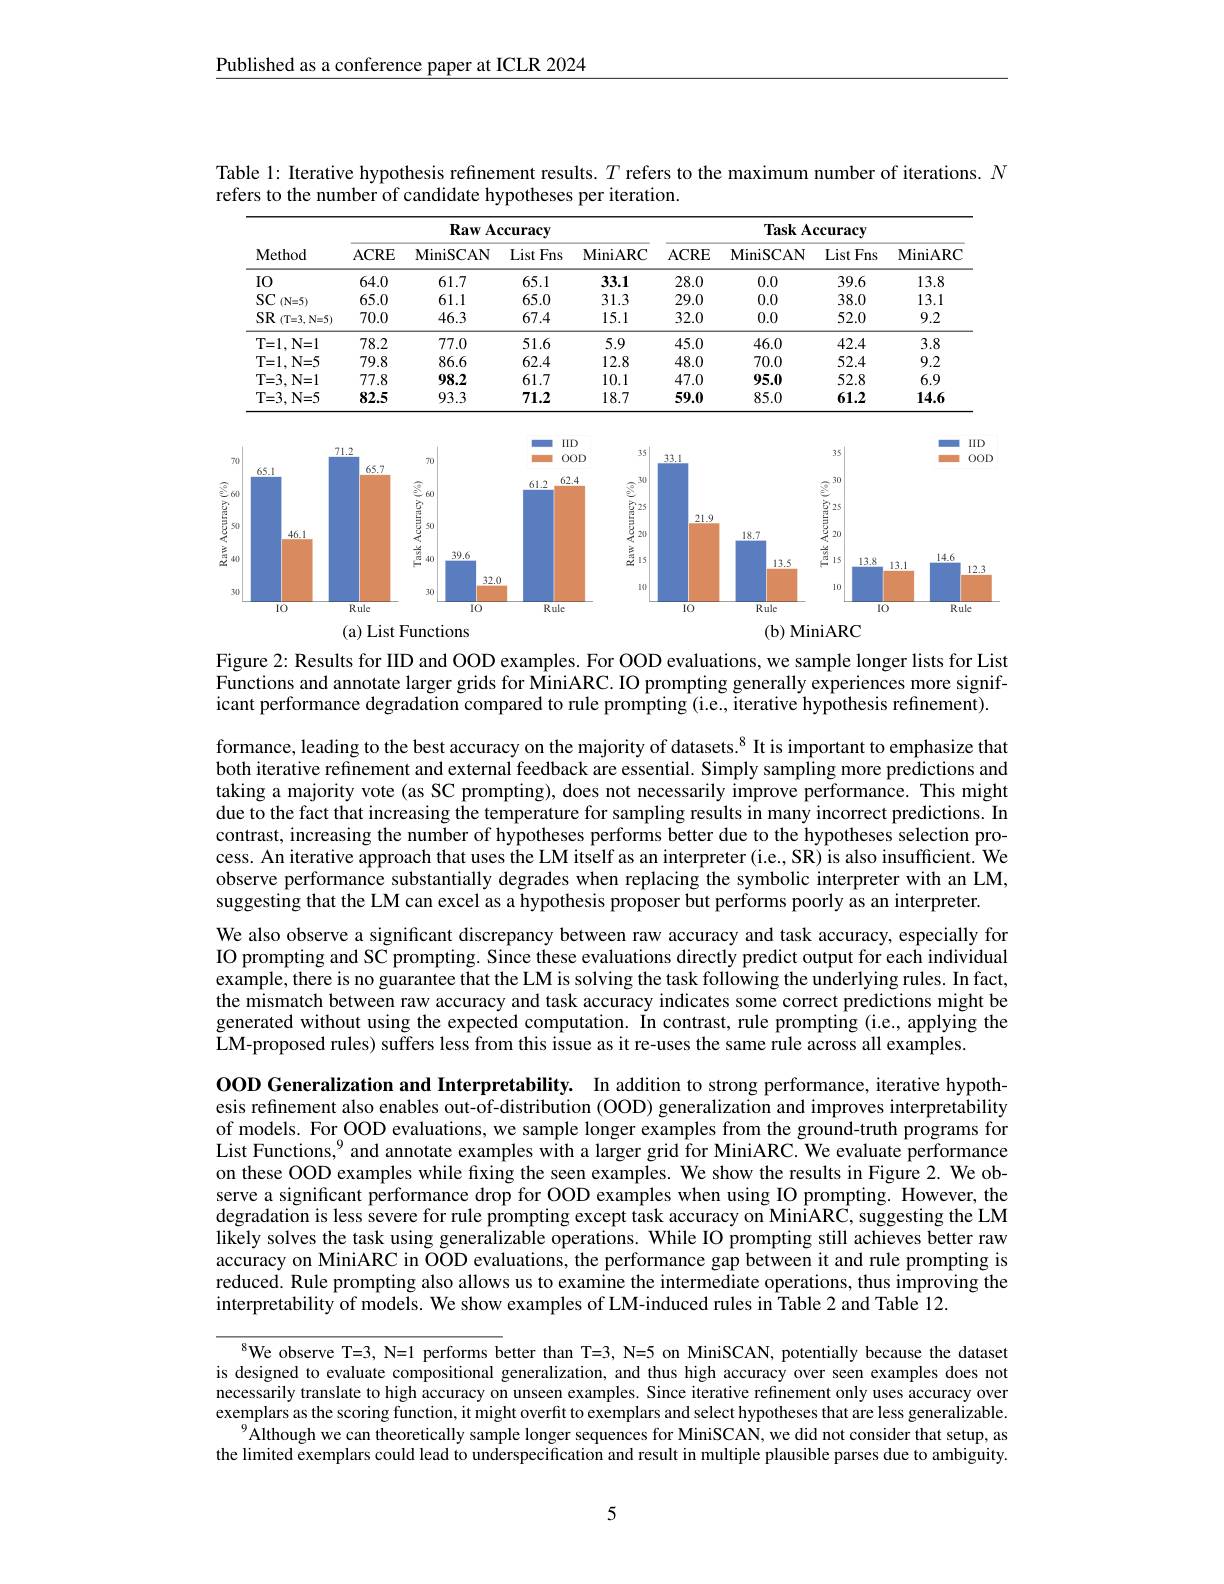
Published as a conference paper at ICLR 2024

Table 1: Iterative hypothesis refinement results. $T$ refers to the maximum number of iterations. $N$
refers to the number of candidate hypotheses per iteration.

<table>
	<tbody>
		<tr>
			<th rowspan="2">Method</th>
			<th colspan="4">$\textbf{Raw Accuracy}$</th>
			<th colspan="4">Task Accuracy</th>
		</tr>
		<tr>
			<th>ACRE</th>
			<th>MiniSCAN</th>
			<th>List Fns</th>
			<th>MiniARC</th>
			<th>ACRE</th>
			<th>$\mathbf{MiniSCAN}$</th>
			<th>$\operatorname{List}$Fns</th>
			<th>MiniARC</th>
		</tr>
		<tr>
			<td>IO</td>
			<td>64.0</td>
			<td>61.7</td>
			<td>65.1</td>
			<td>33.1</td>
			<td>28.0</td>
			<td>0.0</td>
			<td>39.6</td>
			<td>13.8</td>
		</tr>
		<tr>
			<td>$SC$ $(\mathbf{N}=5)$</td>
			<td>65.0</td>
			<td>61.1</td>
			<td>65.0</td>
			<td>31.3</td>
			<td>29.0</td>
			<td>0.0</td>
			<td>38.0</td>
			<td>13.1</td>
		</tr>
		<tr>
			<td>$SR$ (T=3, N=5)</td>
			<td>70.0</td>
			<td>46.3</td>
			<td>67.4</td>
			<td>15.1</td>
			<td>32.0</td>
			<td>0.0</td>
			<td>52.0</td>
			<td>9.2</td>
		</tr>
		<tr>
			<td>T= 1, N= 1</td>
			<td>78.2</td>
			<td>77.0</td>
			<td>51.6</td>
			<td>5.9</td>
			<td>45.0</td>
			<td>46.0</td>
			<td>42.4</td>
			<td>3.8</td>
		</tr>
		<tr>
			<td>T= 1, N= 5</td>
			<td>79.8</td>
			<td>86.6</td>
			<td>62.4</td>
			<td>12.8</td>
			<td>48.0</td>
			<td>70.0</td>
			<td>52.4</td>
			<td>9.2</td>
		</tr>
		<tr>
			<td>T= 3, N= 1</td>
			<td>77.8</td>
			<td>98.2</td>
			<td>61.7</td>
			<td>10.1</td>
			<td>47.0</td>
			<td>95.0</td>
			<td>52.8</td>
			<td>6.9</td>
		</tr>
		<tr>
			<td>T= 3, N= 5</td>
			<td>82.5</td>
			<td>93.3</td>
			<td>71.2</td>
			<td>18.7</td>
			<td>59.0</td>
			<td>85.0</td>
			<td>61.2</td>
			<td>14.6</td>
		</tr>
	</tbody>
</table>

<FigureHere>
Raw Accuracy $e$

Figure 2: Results for IID and OOD examples. For OOD evaluations, we sample longer lists for List Functions and annotate larger grids for MiniARC. IO prompting generally experiences more significant performance degradation compared to rule prompting (i.e., iterative hypothesis refinement).

formance, leading to the best accuracy on the majority of datasets.$^{8}$ It is important to emphasize that both iterative refinement and external feedback are essential. Simply sampling more predictions and taking a majority vote (as SC prompting), does not necessarily improve performance. This might due to the fact that increasing the temperature for sampling results in many incorrect predictions. In contrast, increasing the number of hypotheses performs better due to the hypotheses selection process. An iterative approach that uses the LM itself as an interpreter (i.e., SR) is also insufficient. We observe performance substantially degrades when replacing the symbolic interpreter with an LM, suggesting that the LM can excel as a hypothesis proposer but performs poorly as an interpreter.
We also observe a significant discrepancy between raw accuracy and task accuracy, especially for IO prompting and SC prompting. Since these evaluations directly predict output for each individual example, there is no guarantee that the LM is solving the task following the underlying rules. In fact, the mismatch between raw accuracy and task accuracy indicates some correct predictions might be generated without using the expected computation. In contrast, rule prompting (i.e., applying the LM-proposed rules) suffers less from this issue as it re-uses the same rule across all examples.

OOD Generalization and Interpretability. In addition to strong performance, iterative hypoth- esis refinement also enables out-of-distribution (OOD) generalization and improves interpretability of models. For OOD evaluations, we sample longer examples from the ground-truth programs for List Functions,$^{9}$ and annotate examples with a larger grid for MiniARC. We evaluate performance on these OOD examples while fixing the seen examples. We show the results in Figure 2. We observe a significant performance drop for OOD examples when using IO prompting. However, the degradation is less severe for rule prompting except task accuracy on MiniARC, suggesting the LM likely solves the task using generalizable operations. While IO prompting still achieves better raw accuracy on MiniARC in OOD evaluations, the performance gap between it and rule prompting is reduced. Rule prompting also allows us to examine the intermediate operations, thus improving the interpretability of models. We show examples of LM-induced rules in Table 2 and Table 12.

$^{8}$We observe T=3, N=1 performs better than T=3, N=5 on MiniSCAN, potentially because the dataset is designed to evaluate compositional generalization, and thus high accuracy over seen examples does not necessarily translate to high accuracy on unseen examples. Since iterative refinement only uses accuracy over exemplars as the scoring function, it might overfit to exemplars and select hypotheses that are less generalizable.
Although we can theoretically sample longer sequences for MiniSCAN, we did not consider that setup, as the limited exemplars could lead to underspecification and result in multiple plausible parses due to ambiguity.

5